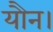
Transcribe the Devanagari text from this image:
यौन।